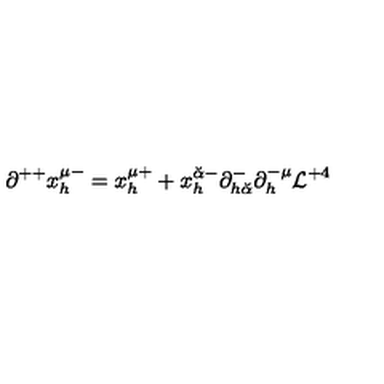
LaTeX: \partial ^ { + + } x _ { h } ^ { \mu - } = x _ { h } ^ { \mu + } + x _ { h } ^ { { \breve { \alpha } } - } \partial _ { h { \breve { \alpha } } } ^ { - } \partial _ { h } ^ { - \mu } { \cal L } ^ { + 4 }